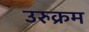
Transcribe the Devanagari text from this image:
उरुक्रम